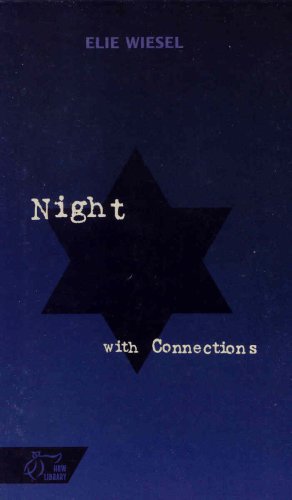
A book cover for Night; with Connections; RINEHART AND WINSTON HOLT; Teen & Young Adult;